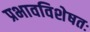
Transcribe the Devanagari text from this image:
प्रभावविशेषतः